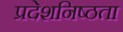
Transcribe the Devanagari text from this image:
प्रदेशनिष्ठता